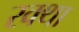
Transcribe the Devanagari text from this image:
रक्था